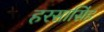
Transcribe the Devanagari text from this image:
हरसासिंह